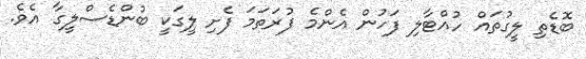
ބޮޑެތި ލީގުތައް ހުއްޓާލި ފަހުން އެންމެ ފުރަތަމަ ފެށި ލީގަކީ ބުންޑެސްލީގާ އެވެ.